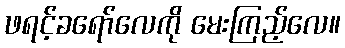
ဖရင့်ခရော်လေကို မေးကြည့်လေ။